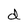
Character: d